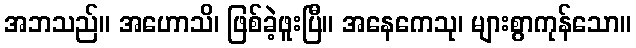
အဘသည်။ အဟောသိ၊ ဖြစ်ခဲ့ဖူးပြီ။ အနေကေသု၊ များစွာကုန်သော။